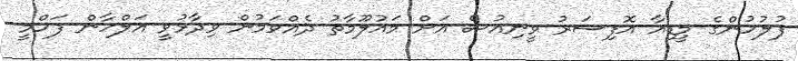
ފުލުހުންގެ މީޑިއާ އޮފިސަރު ވީނިއުސް އަށް މައުލޫމާތު ދެއްވަމުން ވިދާޅުވީ އަލްހާން ފަހްމީ